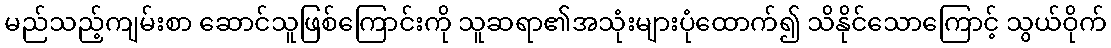
မည်သည့်ကျမ်းစာ ဆောင်သူဖြစ်ကြောင်းကို သူဆရာ၏အသုံးများပုံထောက်၍ သိနိုင်သောကြောင့် သွယ်ဝိုက်